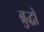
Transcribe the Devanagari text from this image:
ब्रुद्धो